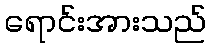
ရောင်းအားသည်